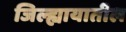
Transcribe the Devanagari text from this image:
जिल्ह्यायातील